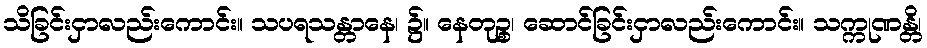
သိခြင်းငှာလည်းကောင်း။ သပရသန္တာနေ၊ ၌။ နေတုဉ္စ၊ ဆောင်ခြင်းငှာလည်းကောင်း။ သက္ကုဏန္တိ၊